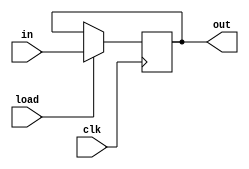
module Bit(
	input wire in,
	input wire clk,
	input wire load,
	output reg out
);

    // Initial block to set the initial value of the output
    initial begin
        out = 1'b0;
    end

	always @(posedge clk) begin
		if (load)
			out <= in;
	end

endmodule